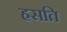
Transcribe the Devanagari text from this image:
हसति